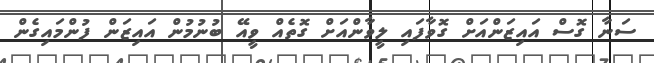
ސަނާ ގޮސް އައިޒަންއަށް ގޮވާފައި ލީވާންއަށް ގޮތެއް ވީއޭ ބުނުމުން އައިޒަން ފުންމައިގެން